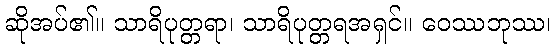
ဆိုအပ်၏။ သာရိပုတ္တရာ၊ သာရိပုတ္တရအရှင်။ ဝေဿဘုဿ၊